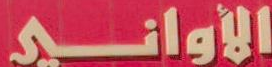
الأواني